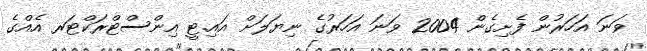
ވަނަ އަހަރުން ފެށިގެން 2004 ވަނަ އަހަރުގެ ނިޔަލަށް އައި.ޓީ އިންސްޓްރަކްޓަރ އެއްގެ